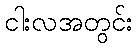
ငါးလအတွင်း